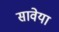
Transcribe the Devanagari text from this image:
सावेया